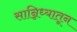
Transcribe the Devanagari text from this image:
सान्निध्यातून